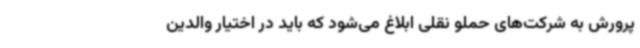
پرورش به شرکت‌های حملو نقلی ابلاغ می‌شود که باید در اختیار والدین